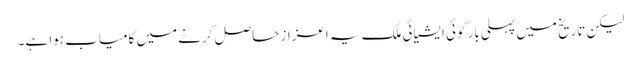
لیکن تاریخ میں پہلی بار کوئی ایشیائی ملک یہ اعزاز حاصل کرنے میں کامیاب ہوا ہے۔